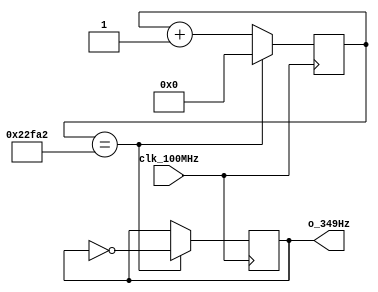
`timescale 1ns / 1ps
//////////////////////////////////////////////////////////////////////////////////
// Authored by David J. Marion aka FPGA Dude
// Created on 4/29/2022
// Using Vivado 2021.2
// Generating 349Hz signal for music tone 'f'
//////////////////////////////////////////////////////////////////////////////////

module f_349Hz(
    input clk_100MHz,
    output o_349Hz  
    );
    
    // 100MHz / 143,266 / 2 = 349.0012Hz
    reg r_349Hz;
    reg [17:0] r_counter = 0;
    
    always @(posedge clk_100MHz)
        if(r_counter == 18'd143_266) begin
            r_counter <= 0;
            r_349Hz <= ~r_349Hz;
            end
        else
            r_counter <= r_counter + 1;

    assign o_349Hz = r_349Hz;
    
endmodule